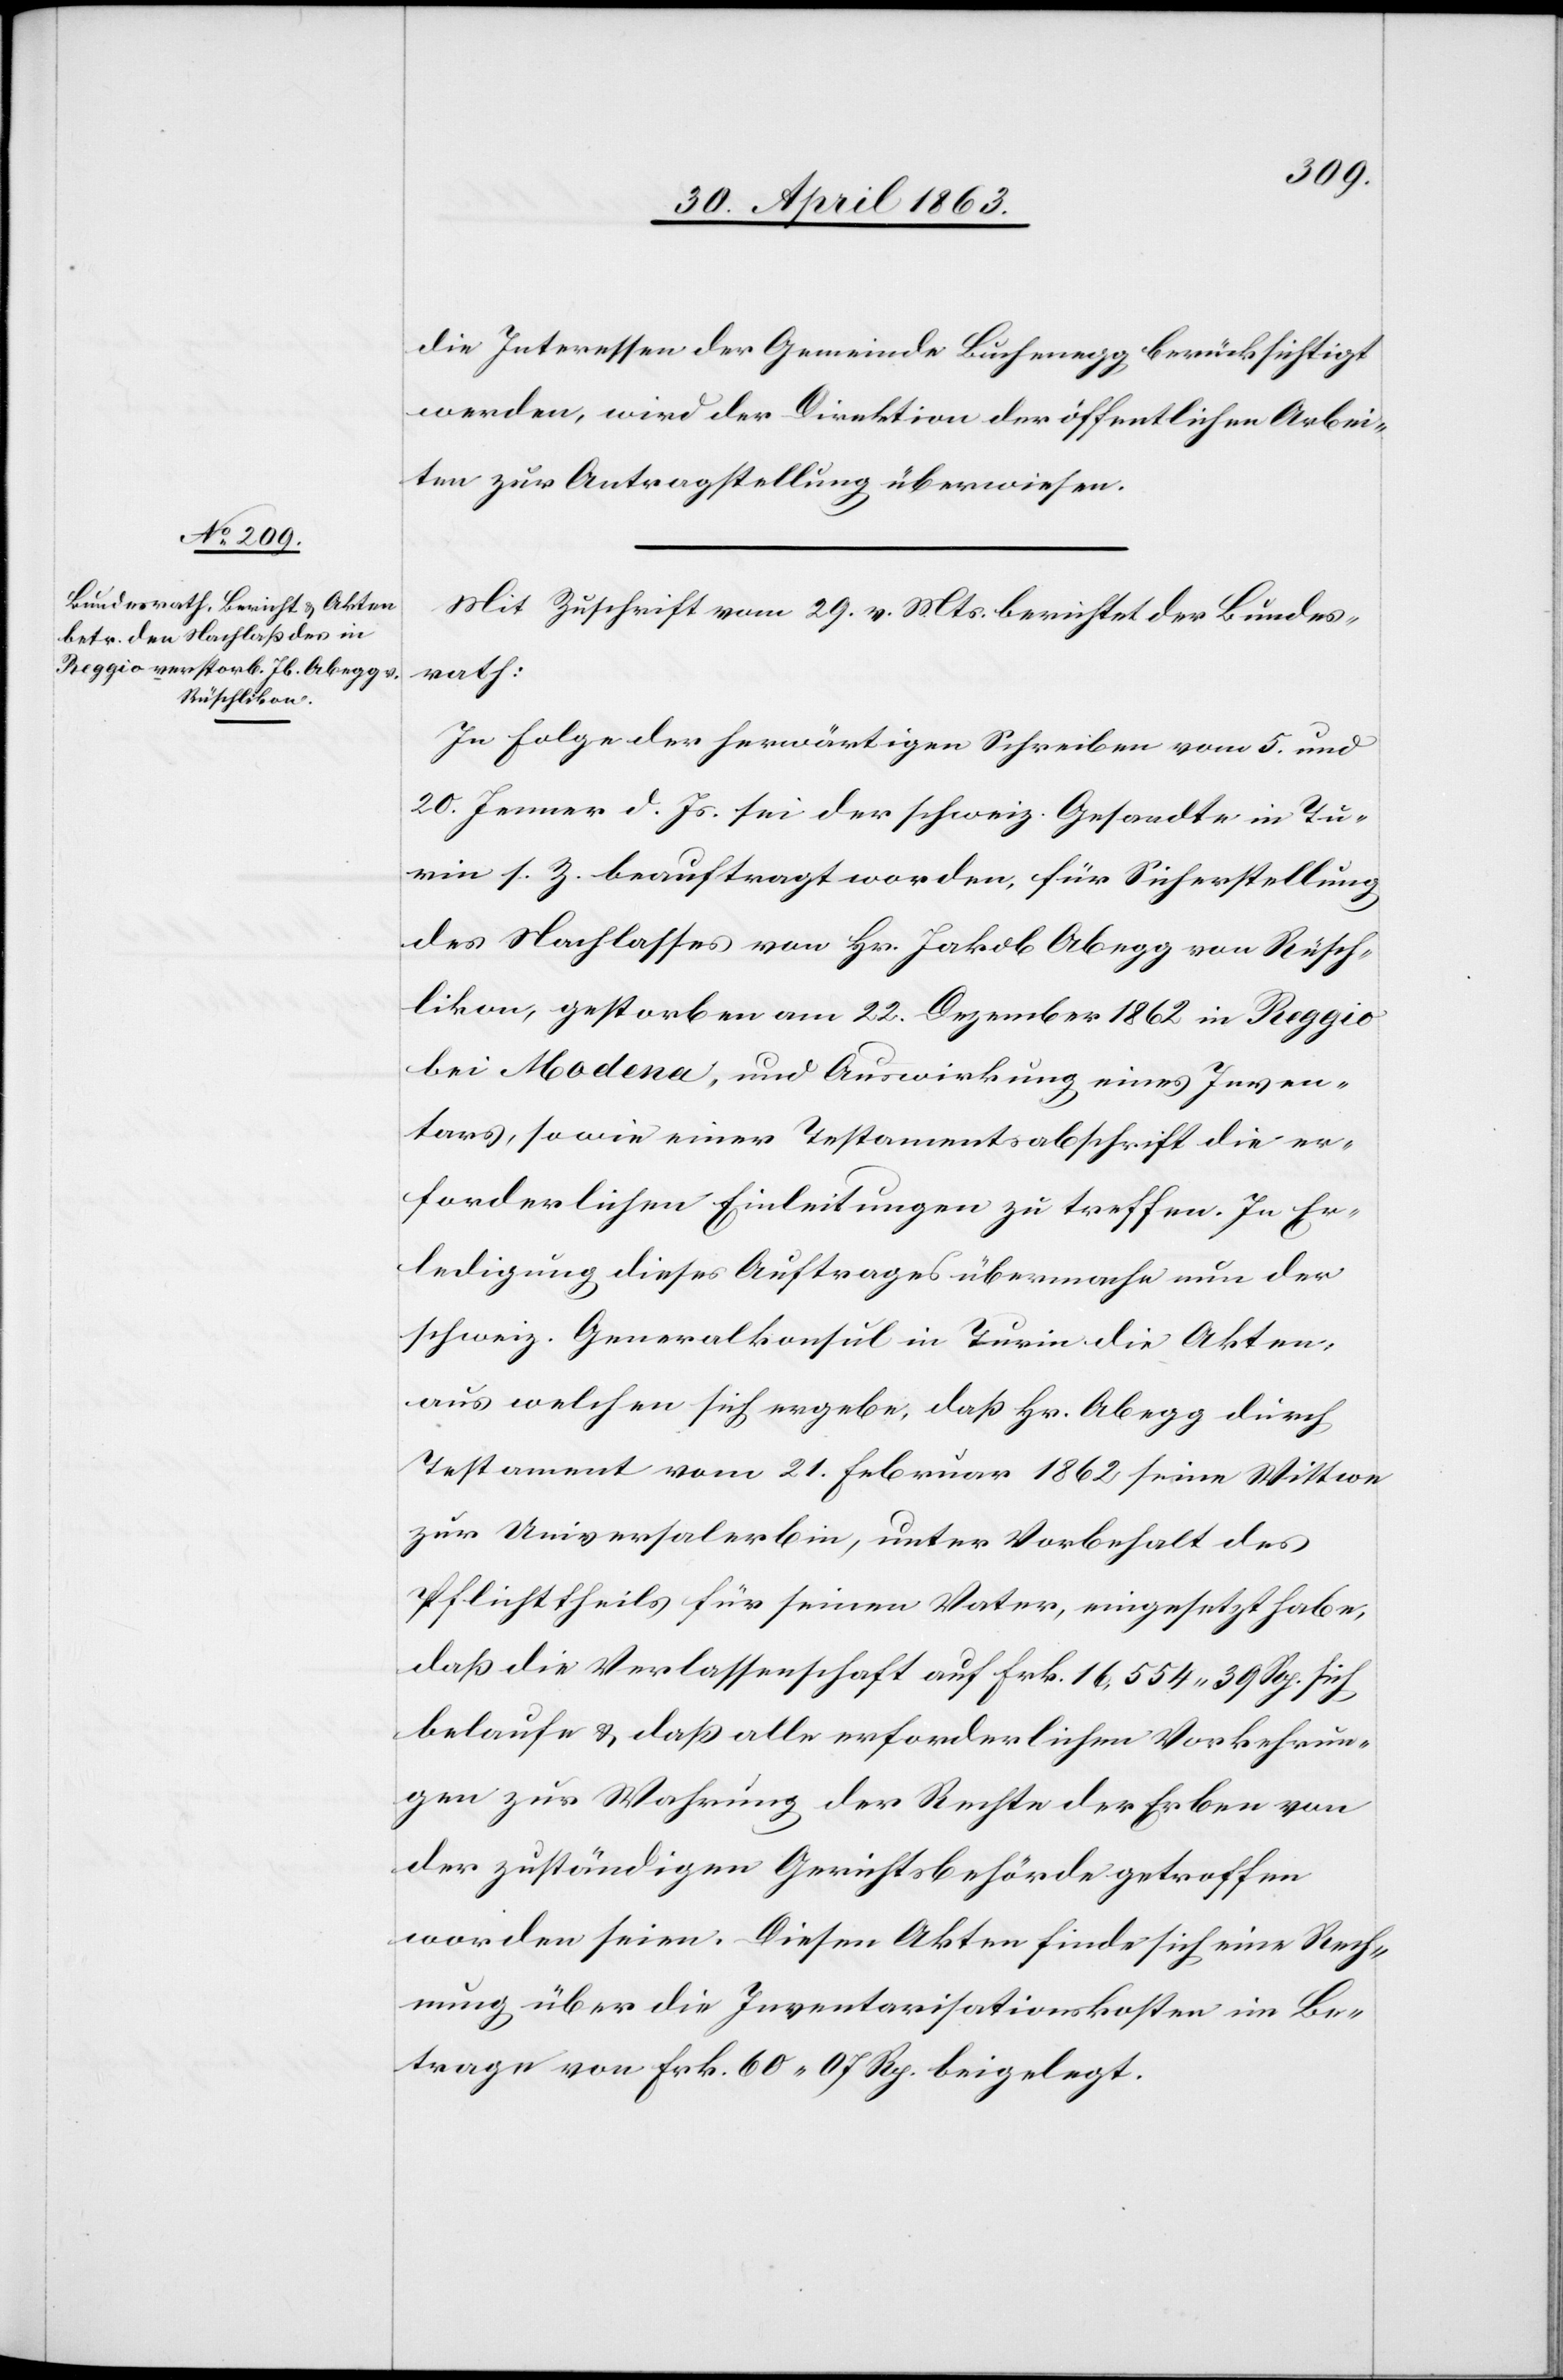
die Interessen der Gemeinde Buchenegg berücksichtigt
werden, wird der Direktion der öffentlichen Arbei¬
ten zur Antragstellung überwiesen.
Mit Zuschrift vom 29. v. Mts. berichtet der Bundes¬
rath:
In Folge der herwärtigen Schreiben vom 5. und
20. Jenner d. Js. sei der schweiz. Gesandte in Tu¬
rin s. Z. beauftragt worden, für Sicherstellung
des Nachlasses von Hr. Jakob Abegg von Rüsch¬
likon, gestorben am 22. Dezember 1862 in Reggio
bei Modena, und Auswirkung eines Inven¬
tars, sowie einer Testamentsabschrift die er¬
forderlichen Einleitungen zu treffen. In Er¬
ledigung dieses Auftrages übermache nun der
schweiz. Generalkonsul in Turin die Akten,
aus welchen sich ergebe, daß Hr. Abegg durch
Testament vom 21. Februar 1862 seine Wittwe
zur Universalerbin, unter Vorbehalt des
Pflichttheils für seinen Vater, eingesetzt habe,
daß die Verlassenschaft auf Frk. 16,554. 39 Rp. sich
belaufe & daß alle erforderlichen Vorkehrun¬
gen zur Wahrung der Rechte der Erben von
der zuständigen Gerichtsbehörde getroffen
worden seien. Diesen Akten finde sich eine Rech¬
nung über die Inventarisationskosten im Be¬
trage von Frk. 60. 07 Rp. beigelegt.